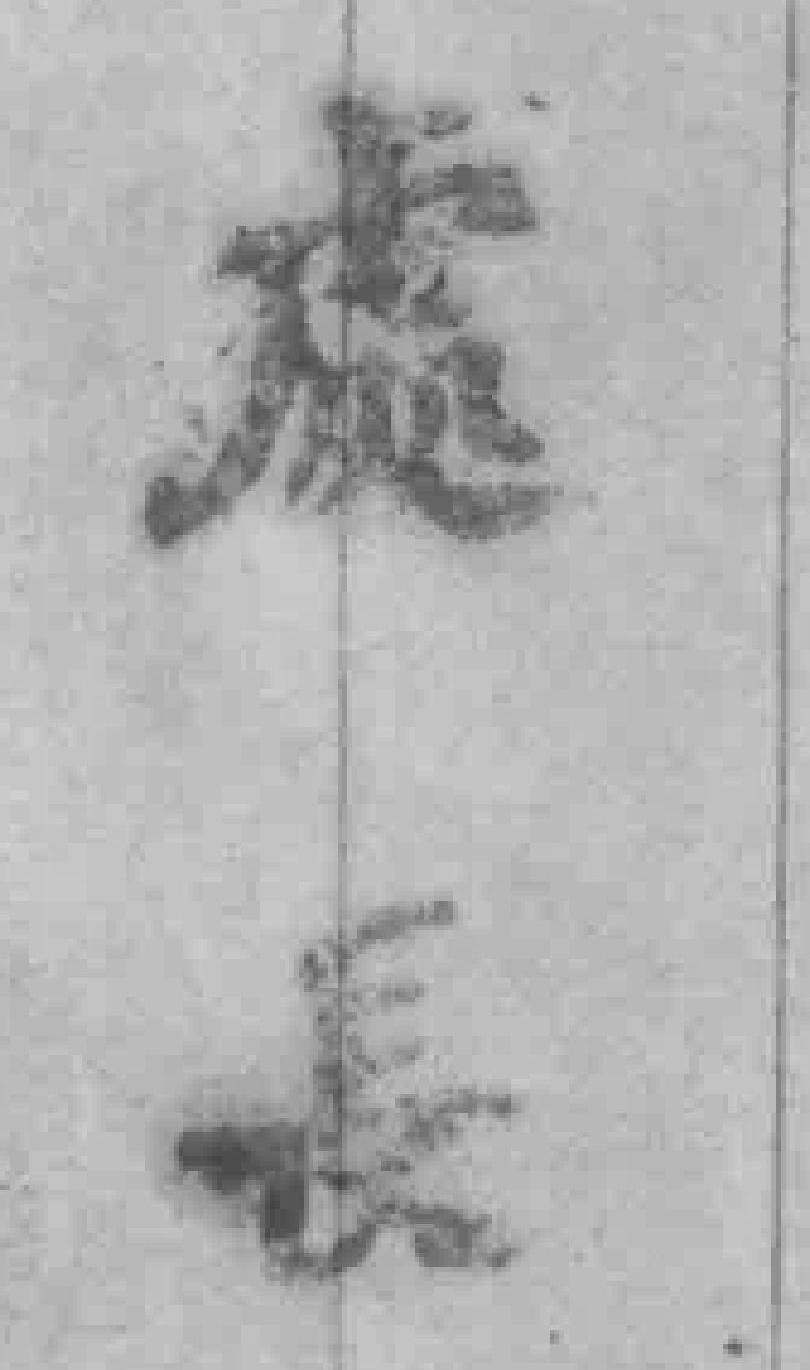
處長